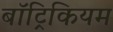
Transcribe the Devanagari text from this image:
बॉट्रिकियम